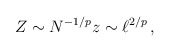
\begin{align*}Z \sim N^{-1/p} z\sim \ell^{2/p}\, ,\end{align*}